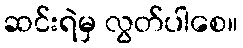
ဆင်းရဲမှ လွတ်ပါစေ။